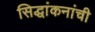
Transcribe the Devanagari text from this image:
सिद्धांकनांची